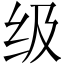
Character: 级